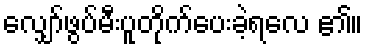
လျှော်ဖွပ်မီးပူတိုက်ပေးခဲ့ရလေ ၏။